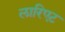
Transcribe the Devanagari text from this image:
लारिएट